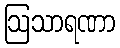
ဩသာရဏာ